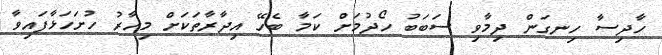
ހާދިސާ ހިނގަން ދިމާވި ސަބަބު ހޯދުމަށް ކަމާ ބެހޭ އިދާރާތަކަށް މިހާރު ހުށަހަޅާފައިވާ